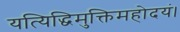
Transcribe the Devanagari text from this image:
यत्यिद्धिमुक्तिमहोदयं।